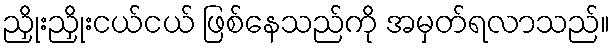
ညှိုးညှိုးငယ်ငယ် ဖြစ်နေသည်ကို အမှတ်ရလာသည်။